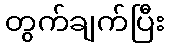
တွက်ချက်ပြီး